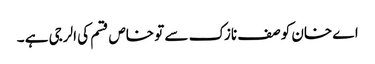
اے خان کو صف نازک سے تو خاص قسم کی الرجی ہے ۔